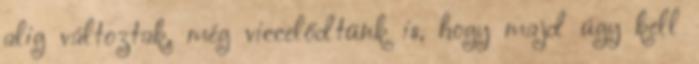
alig változtak, még viccelődtünk is, hogy majd úgy kell